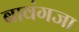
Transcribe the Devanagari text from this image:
बावंगजा